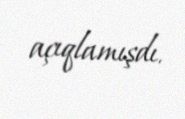
açıqlamışdı.